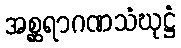
အစ္ဆရာဂဏသံဃုဋ္ဌံ